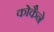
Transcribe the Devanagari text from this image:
कोकैने